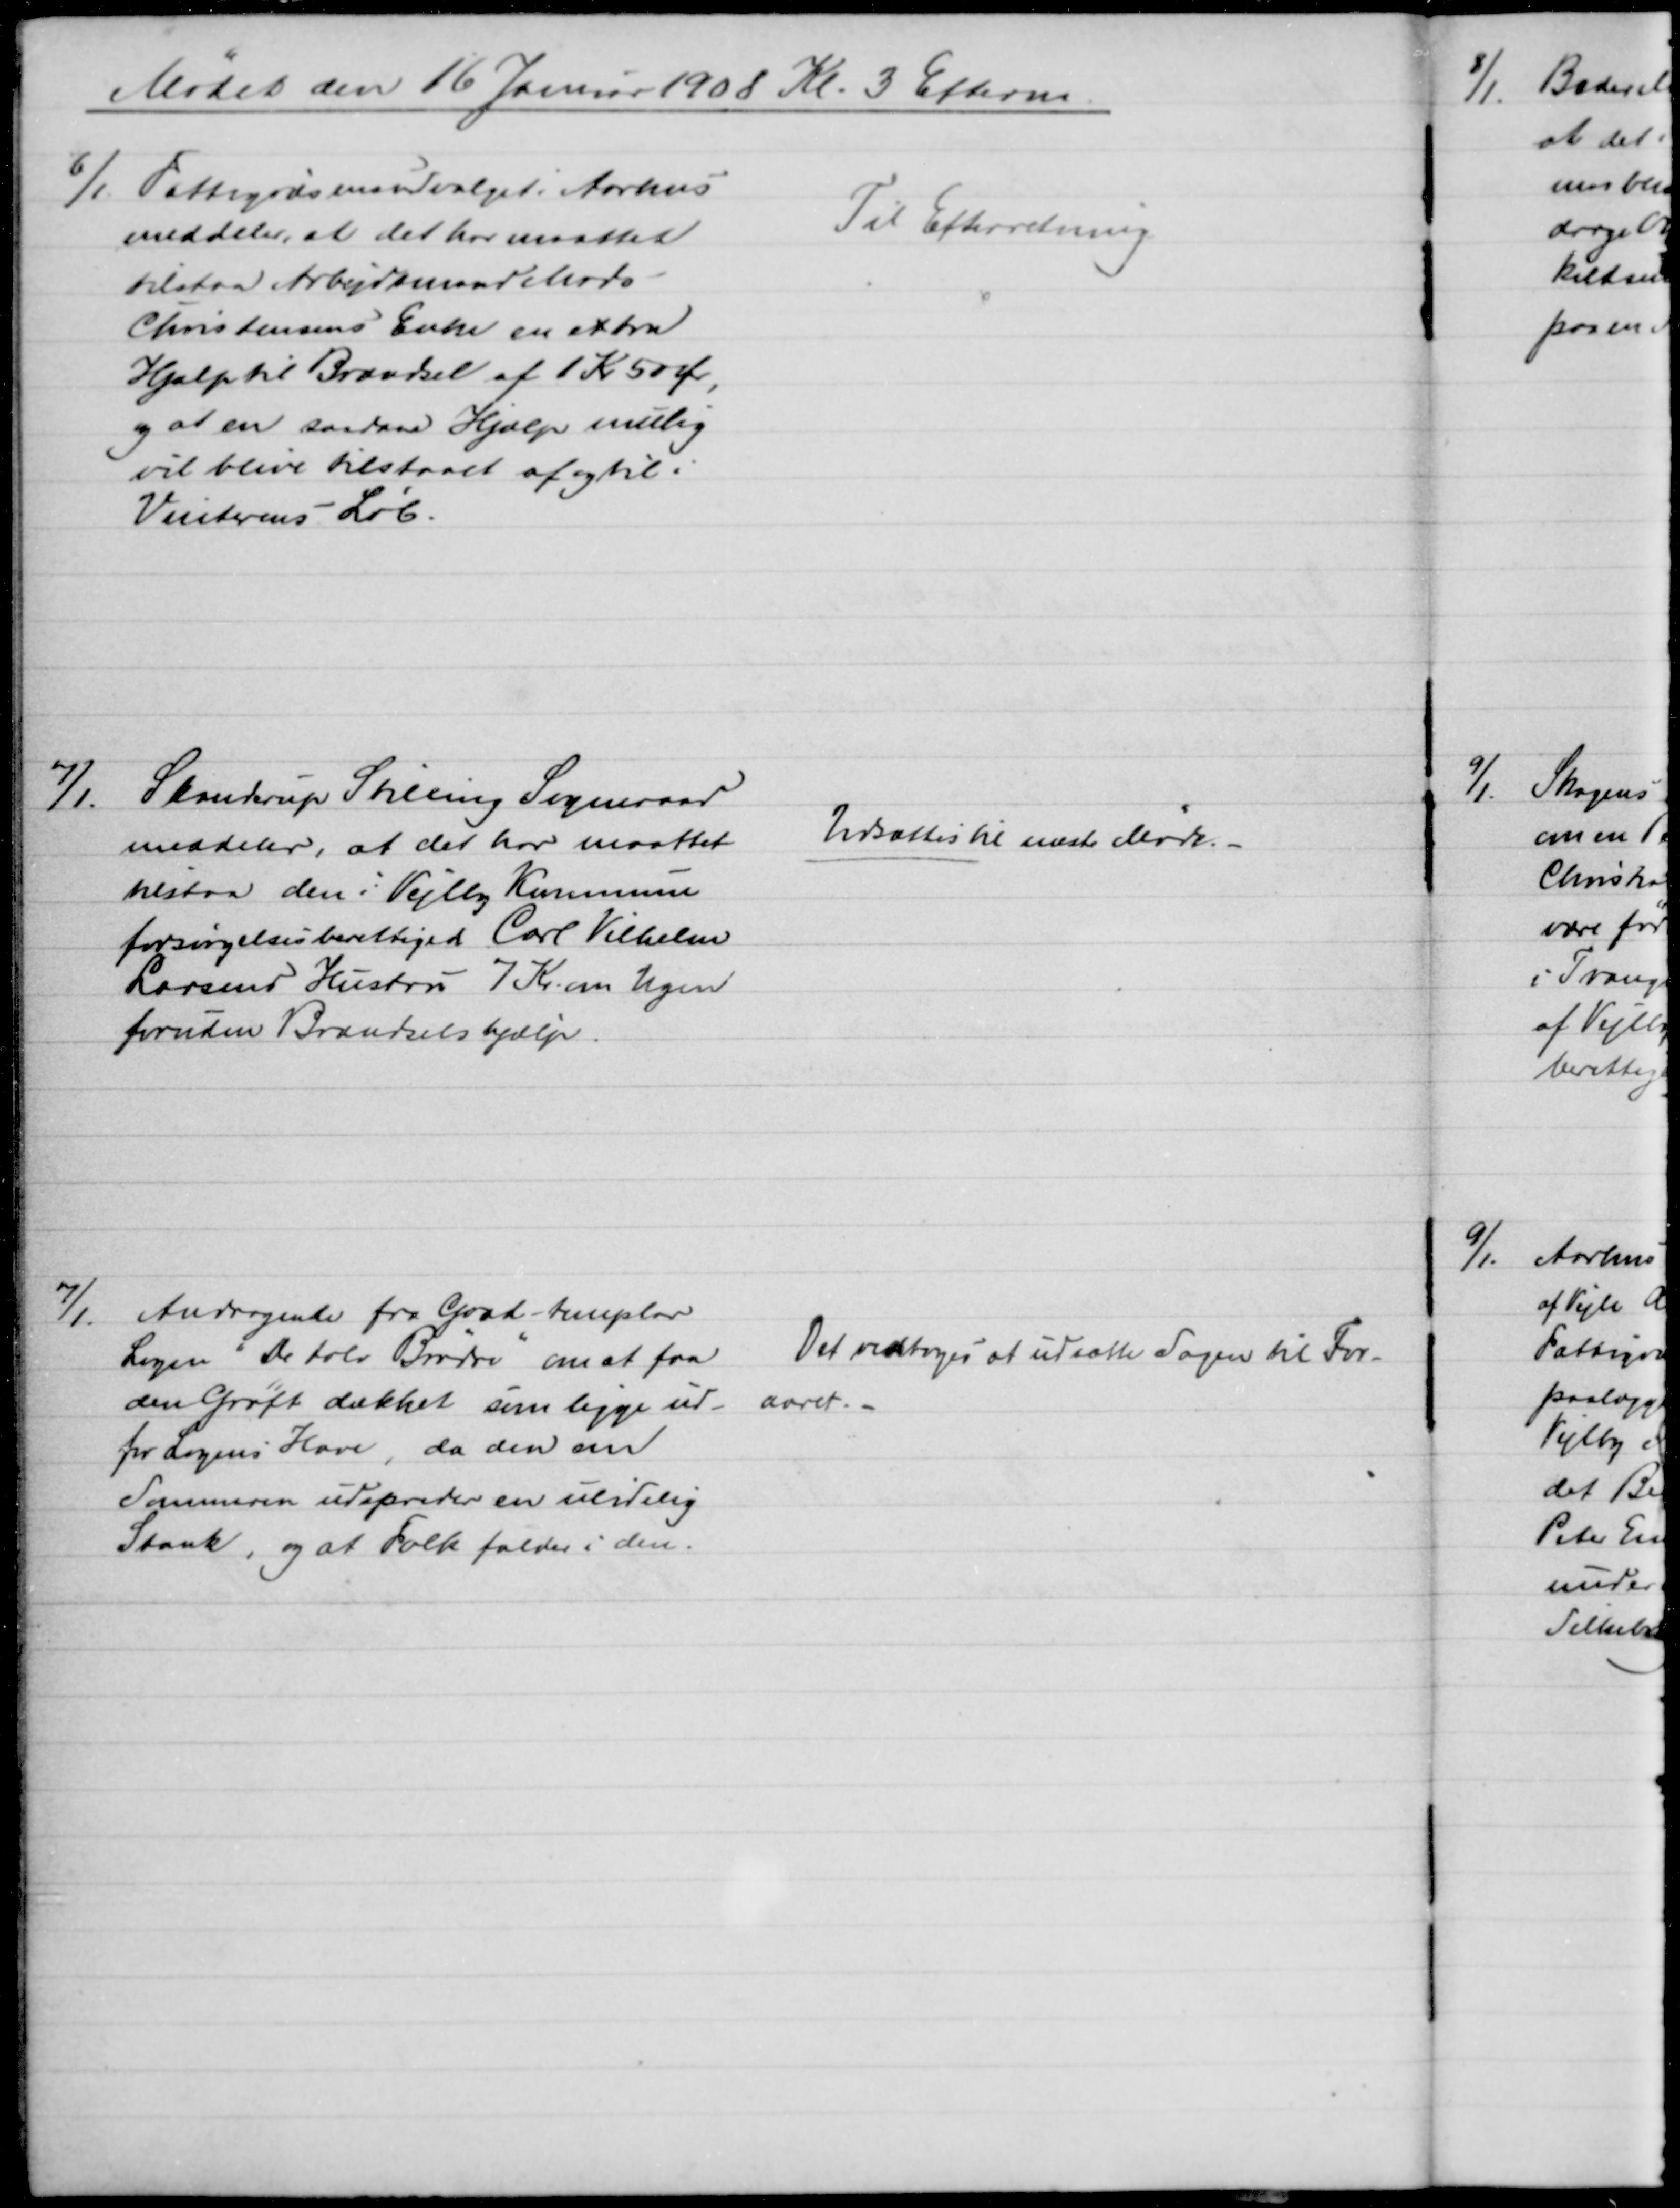
Transskription:
Mødet den 16 Januar 1908 Kl. 3 Efterm
6/1 Fattigvæsensudvalget i Aarhus
meddeler, at det hos maattet
tilstaa Arbejdsmand Mads
Christensens Enke en extra
Hjælp til Brændsel af 1 Kr 50 Øre,
og at en saadan Hjælp mulig
vil blive tilstaaet af og til i
Vinterens Løb.
Til Efterretning
7/1 Skanderup Stilling Sogneraad
meddeler, at det har maattet
bistaa den i Vejlby Kommune
forsørgelsesberettiget Carl Vilhelm
Larsens Hustru 7 Kr. om Ugen
foruden Brændselshjælp.
Udsættes til næste Møde.
7/1. Andragende fra Good - templar
Logen "De tolv Brødre" om at faa
den Grøft dækket som ligge ud-
for Logens Have, da den om
Sommeren udspreder en ulidelig
Stank, og at Folk falder i den.
Det vedtoges at udsætte Sagen til For-
aaret.